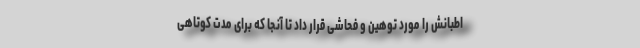
اطبانش را مورد توهین و فحاشی قرار داد تا آنجا که برای مدت کوتاهی